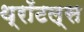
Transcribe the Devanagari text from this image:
थ्रॉटल्स